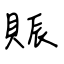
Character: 賑